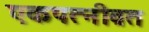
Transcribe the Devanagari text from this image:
एकपत्‍नीव्रत